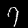
Label: 7